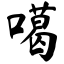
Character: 噶